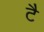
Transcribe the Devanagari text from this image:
टै